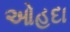
ઓહદા